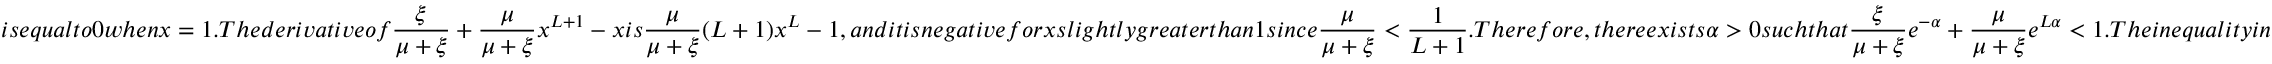
i s e q u a l t o 0 w h e n x = 1 . T h e d e r i v a t i v e o f \frac { \xi } { \mu + \xi } + \frac { \mu } { \mu + \xi } x ^ { L + 1 } - x i s \frac { \mu } { \mu + \xi } ( L + 1 ) x ^ { L } - 1 , a n d i t i s n e g a t i v e f o r x s l i g h t l y g r e a t e r t h a n 1 s i n c e \frac { \mu } { \mu + \xi } < \frac { 1 } { L + 1 } . T h e r e f o r e , t h e r e e x i s t s \alpha > 0 s u c h t h a t \frac { \xi } { \mu + \xi } e ^ { - \alpha } + \frac { \mu } { \mu + \xi } e ^ { L \alpha } < 1 . T h e i n e q u a l i t y i n